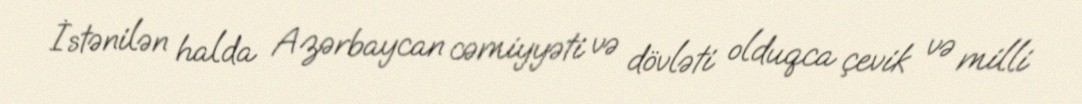
İstənilən halda Azərbaycan cəmiyyəti və dövləti olduqca çevik və milli